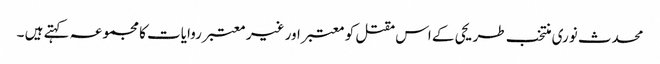
محدث نوری منتخب طریحی کے اس مقتل کو معتبر اور غیر معتبر روایات کا مجموعہ کہتے ہیں ۔